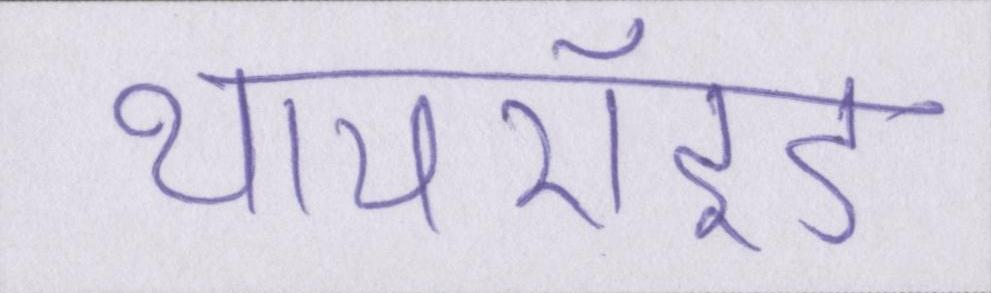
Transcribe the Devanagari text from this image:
थायरॉइड